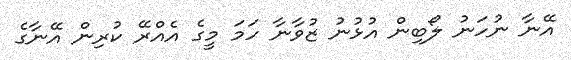
އޭނާ ނުހަނު ލޯބިން އުޅުނު ޒުވާނާ ހަމަ މީގެ އެއްރޭ ކުރިން އޭނާގެ